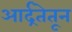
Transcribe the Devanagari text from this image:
आर्द्रतेतून